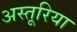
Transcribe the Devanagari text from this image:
अस्तूरिया